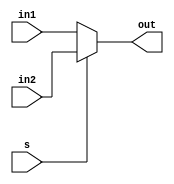
module mux_32(out, s, in1, in2);

	input s;
	input [31:0] in1;
	input [31:0] in2;

	output [31:0] out;

	wire s;
	wire [31:0] in1;
	wire [31:0] in2;

	reg [31:0] out;

	always @ (s or in1 or in2) begin
	
		if (s)
			out <= in2;
		else
			out <= in1;
	end

endmodule